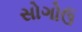
સોગોઉ